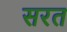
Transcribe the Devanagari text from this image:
सरत